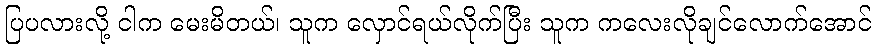
ပြပလားလို့ ငါက မေးမိတယ်၊ သူက လှောင်ရယ်လိုက်ပြီး သူက ကလေးလိုချင်လောက်အောင်